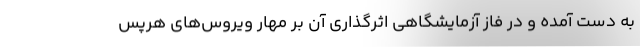
به دست آمده و در فاز آزمایشگاهی اثرگذاری آن بر مهار ویروس‌های هرپس